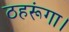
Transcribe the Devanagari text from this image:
ठहरूंगा।